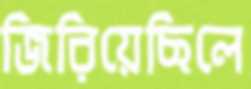
জিরিয়েছিলে